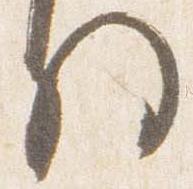
将